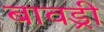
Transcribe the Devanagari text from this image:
बावड्री